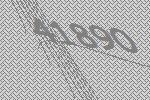
41890